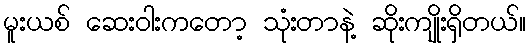
မူးယစ် ဆေးဝါးကတော့ သုံးတာနဲ့ ဆိုးကျိုးရှိတယ်။